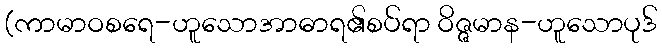
(ကာမာဝစရေ-ဟူသောအာဓာရ၏စပ်ရာ ဝိဇ္ဇမာန-ဟူသောပုဒ်